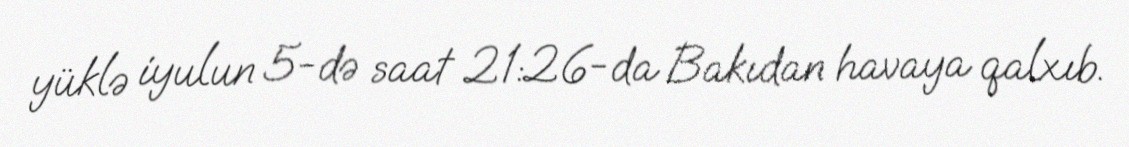
yüklə iyulun 5-də saat 21:26-da Bakıdan havaya qalxıb.